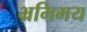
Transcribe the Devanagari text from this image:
भ्रमिमय